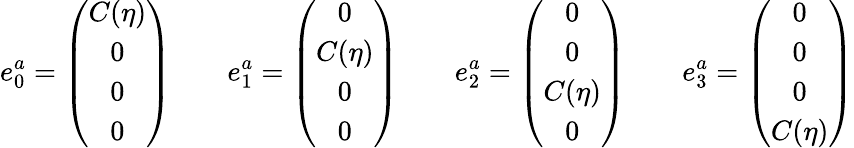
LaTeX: e_{0}^{a}=\left(\begin{array}{c}{{C(\eta)}}\\ {{0}}\\ {{0}}\\ {{0}}\end{array}\right)\qquad e_{1}^{a}=\left(\begin{array}{c}{{0}}\\ {{C(\eta)}}\\ {{0}}\\ {{0}}\end{array}\right)\qquad e_{2}^{a}=\left(\begin{array}{c}{{0}}\\ {{0}}\\ {{C(\eta)}}\\ {{0}}\end{array}\right)\qquad e_{3}^{a}=\left(\begin{array}{c}{{0}}\\ {{0}}\\ {{0}}\\ {{C(\eta)}}\end{array}\right)